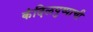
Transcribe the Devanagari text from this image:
कंदिलपुष्पाची